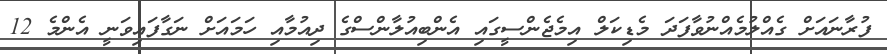
ފުރާނައަށް ގެއްލުމެއްނުވާފަދަ މެޑިކަލް އިމެޖެންސީގައި އެންބިއުލާންސްގެ ދިއުމާއި ހަމައަށް ނަގާފައިވަނީ އެންމެ 12